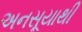
અનસૂયાથી